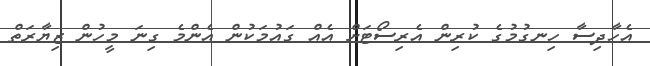
އެހާދިސާ ހިނގުމުގެ ކުރިން އެރިސޯޓަށް އެއް ގައުމަކުން އެންމެ ގިނަ މީހުން ޒިޔާރަތް